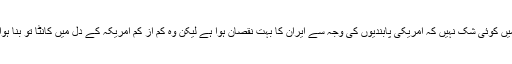
اس میں کوئی شک نہیں کہ امریکی پابندیوں کی وجہ سے ایران کا بہت نقصان ہوا ہے لیکن وہ کم از کم امریکہ کے دل میں کانٹا تو بنا ہوا ہے۔